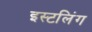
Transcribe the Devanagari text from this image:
इस्टलिंग